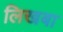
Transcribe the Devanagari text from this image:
लिखबा